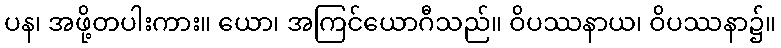
ပန၊ အဖို့တပါးကား။ ယော၊ အကြင်ယောဂီသည်။ ဝိပဿနာယ၊ ဝိပဿနာ၌။